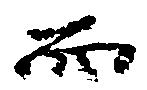
而